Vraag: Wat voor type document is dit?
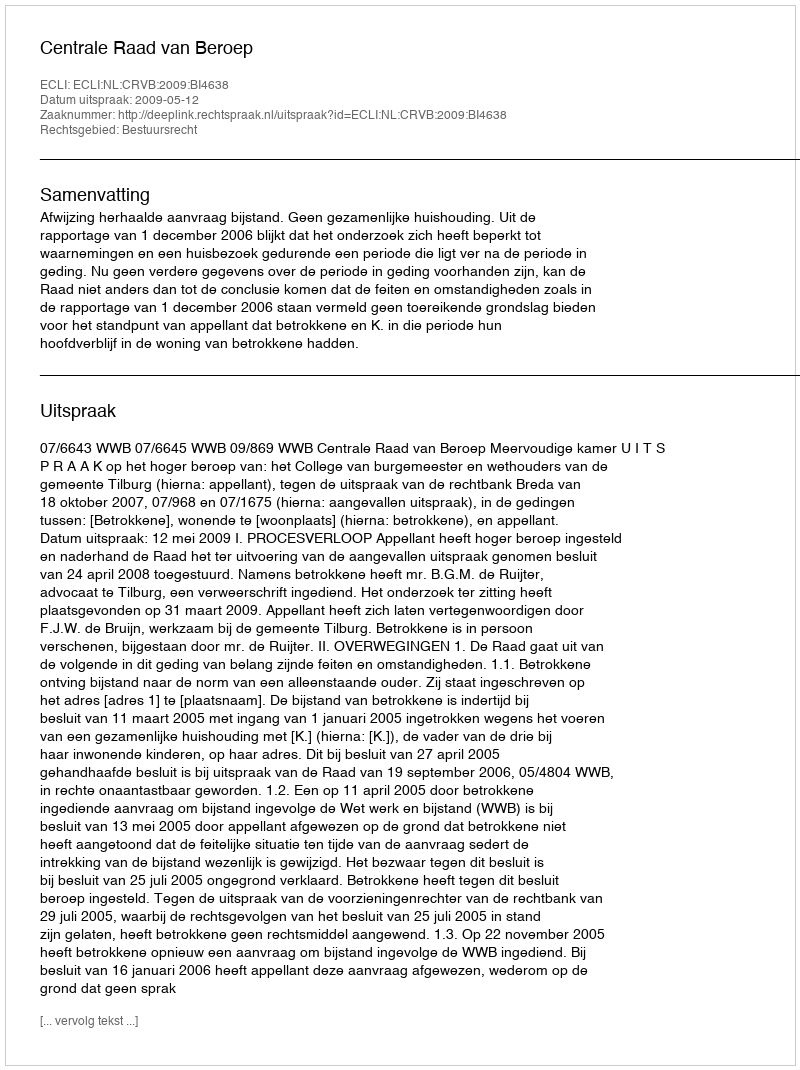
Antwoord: Uitspraak